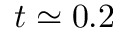
t \simeq 0 . 2